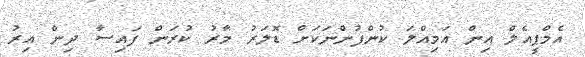
އެމްޕީއެލް އިން އަމިއްލަ ކުންފުންނަކަށް ޑޮލަރު މާރު ކުރަން ފައިސާ ދިން އިރު